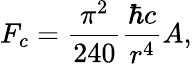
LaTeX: F_{c}=\frac{\pi^{2}}{240}\frac{\hbar c}{r^{4}}A,